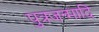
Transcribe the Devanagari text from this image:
पुत्रजन्मादि